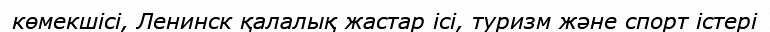
көмекшісі, Ленинск қалалық жастар ісі, туризм және спорт істері